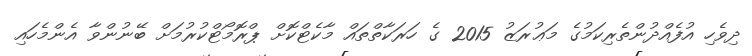
ދިވެހި އުފެއްދުންތެރިކަމުގެ މަޢުރަޒު 2015 ގެ ހަރަކާތްތައް މާކެޓްކޮށް ޕްރޮމޯޓްކުރުމަށް ބޭނުންވާ އެންމެހައި